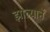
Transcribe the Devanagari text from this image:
झाल्यानें